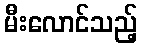
မီးလောင်သည့်